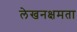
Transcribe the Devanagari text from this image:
लेखनक्षमता